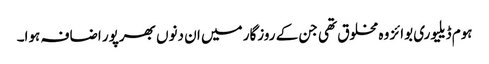
ہوم ڈیلیوری بوائز وہ مخلوق تھی جن کے روزگار میں ان دنوں بھرپور اضافہ ہوا۔